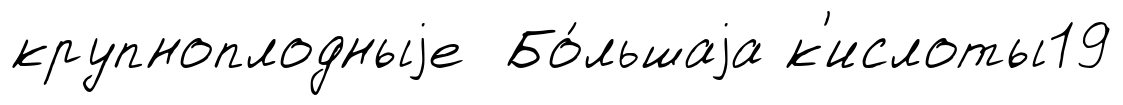
крупноплодныjе Бо́льшаjа к'ислоты19